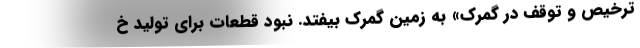
ترخیص و توقف در گمرک» به زمین گمرک بیفتد. نبود قطعات برای تولید خ